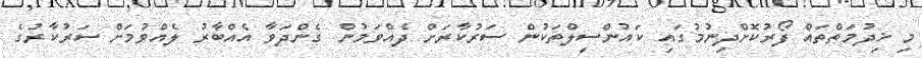
މި ޚިދުމަތްތައް ފޯރުކޮށްދިނުމުގައި ކައުންސިލްތަކުން ސަރުކާރަށް ދެއްވަމުން ގެންދަވާ އެއްބާރު ލެއްވުމަށް ސަރުކާރުގެ